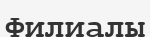
Филиалы